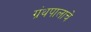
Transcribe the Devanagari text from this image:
ग्रंथपालाचे